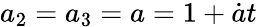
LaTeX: a_{2}=a_{3}=a=1+\dot{a}t